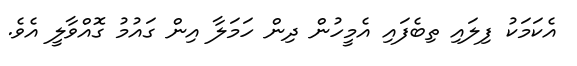
އެކަމަކު ފިލައި ތިބެފައި އެމީހުން ދިން ހަމަލާ އިން ގައުމު ގޮއްވާލީ އެވެ.